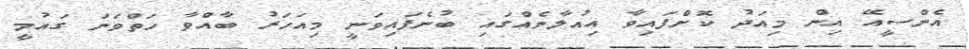
އެންސީއޭ އިން މިއަދު ކޮށްފައިވާ އިއުލާނެއްގައި ބުނެފައިވަނީ މިއަަހަރު ބާއްވާ ހަތްވަނަ ގައުމީ